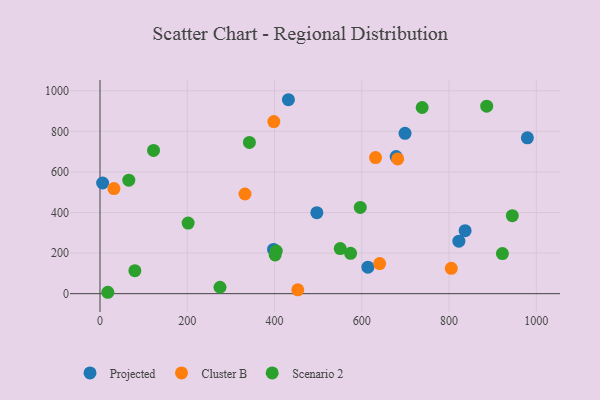
{"axis": {"x": "Speed", "y": "Rating"}, "legend": ["Cluster B", "Projected", "Scenario 2"], "data": [{"x": "397.7", "y": 218.0, "type": "Projected"}, {"x": "836.8", "y": 310.7, "type": "Projected"}, {"x": "431.8", "y": 955.9, "type": "Projected"}, {"x": "699.1", "y": 790.1, "type": "Projected"}, {"x": "822.5", "y": 258.6, "type": "Projected"}, {"x": "614.0", "y": 130.8, "type": "Projected"}, {"x": "678.7", "y": 675.9, "type": "Projected"}, {"x": "6.0", "y": 545.5, "type": "Projected"}, {"x": "497.0", "y": 399.1, "type": "Projected"}, {"x": "979.5", "y": 768.2, "type": "Projected"}, {"x": "631.5", "y": 670.8, "type": "Cluster B"}, {"x": "398.4", "y": 848.4, "type": "Cluster B"}, {"x": "682.3", "y": 664.2, "type": "Cluster B"}, {"x": "453.3", "y": 19.0, "type": "Cluster B"}, {"x": "332.3", "y": 491.3, "type": "Cluster B"}, {"x": "31.9", "y": 518.0, "type": "Cluster B"}, {"x": "640.9", "y": 148.4, "type": "Cluster B"}, {"x": "805.1", "y": 125.1, "type": "Cluster B"}, {"x": "550.6", "y": 222.1, "type": "Scenario 2"}, {"x": "275.0", "y": 31.7, "type": "Scenario 2"}, {"x": "122.7", "y": 706.0, "type": "Scenario 2"}, {"x": "66.0", "y": 559.5, "type": "Scenario 2"}, {"x": "79.9", "y": 113.4, "type": "Scenario 2"}, {"x": "596.5", "y": 424.9, "type": "Scenario 2"}, {"x": "886.3", "y": 924.0, "type": "Scenario 2"}, {"x": "202.0", "y": 347.8, "type": "Scenario 2"}, {"x": "574.3", "y": 199.1, "type": "Scenario 2"}, {"x": "922.3", "y": 197.7, "type": "Scenario 2"}, {"x": "17.9", "y": 6.9, "type": "Scenario 2"}, {"x": "342.4", "y": 745.4, "type": "Scenario 2"}, {"x": "738.4", "y": 917.7, "type": "Scenario 2"}, {"x": "945.0", "y": 384.2, "type": "Scenario 2"}, {"x": "404.0", "y": 210.4, "type": "Scenario 2"}, {"x": "401.4", "y": 190.8, "type": "Scenario 2"}]}